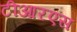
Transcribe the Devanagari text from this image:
टीआऱएस